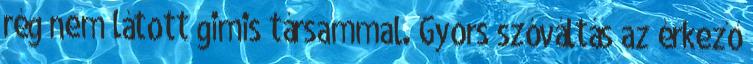
rég nem látott gimis társammal. Gyors szóváltás az érkező